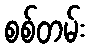
စစ်တမ်း